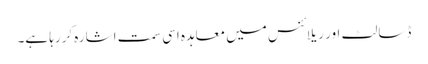
ڈسالٹ اور ریلائنس میں معاہدہ اسی سمت اشارہ کررہا ہے۔